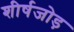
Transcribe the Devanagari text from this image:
शीर्षजोड़